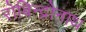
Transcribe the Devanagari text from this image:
रोबिन्द्रोनाथ